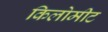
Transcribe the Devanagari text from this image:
किलोमीट